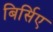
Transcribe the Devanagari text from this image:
बिर्सिए